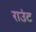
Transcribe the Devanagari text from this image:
राउंट